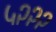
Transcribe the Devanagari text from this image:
५२२२